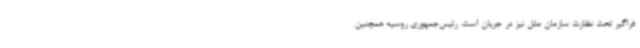
فراگیر تحت نظارت سازمان ملل نیز در جریان است. رئیس‌جمهوری روسیه همچنین